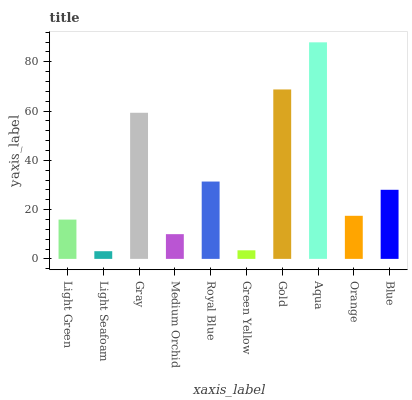
| xaxis_label | bars |
 | --- | --- |
 | Light Green | 15.9 |
 | Light Seafoam | 3.12 |
 | Gray | 59.3 |
 | Medium Orchid | 10 |
 | Royal Blue | 31.4 |
 | Green Yellow | 3.48 |
 | Gold | 68.8 |
 | Aqua | 87.9 |
 | Orange | 17.5 |
 | Blue | 28 |